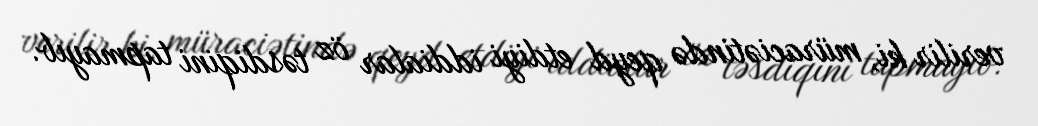
verilir ki, müraciətində qeyd etdiyi iddialar öz təsdiqini tapmayıb.